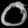
Digit: ၀